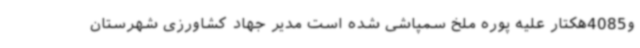
و4085هکتار علیه پوره ملخ سمپاشی شده است مدیر جهاد کشاورزی شهرستان